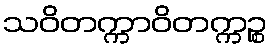
သဝိတက္ကာဝိတက္ကဉ္စ